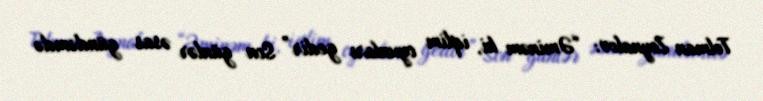
Telman Zeynalov: “Əminəm ki, iqlim oyunları gedir” Son günlər əsas gündəmdə